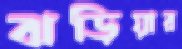
ঝড়িয়ার